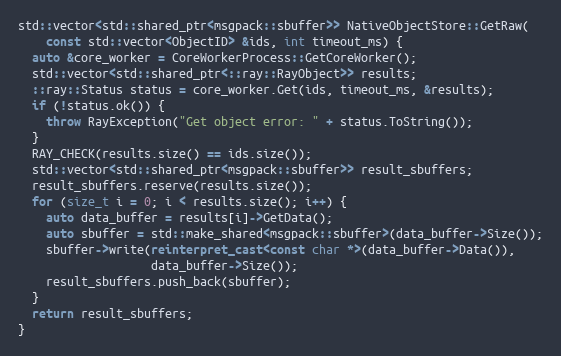
Language: C++
std::vector<std::shared_ptr<msgpack::sbuffer>> NativeObjectStore::GetRaw(
    const std::vector<ObjectID> &ids, int timeout_ms) {
  auto &core_worker = CoreWorkerProcess::GetCoreWorker();
  std::vector<std::shared_ptr<::ray::RayObject>> results;
  ::ray::Status status = core_worker.Get(ids, timeout_ms, &results);
  if (!status.ok()) {
    throw RayException("Get object error: " + status.ToString());
  }
  RAY_CHECK(results.size() == ids.size());
  std::vector<std::shared_ptr<msgpack::sbuffer>> result_sbuffers;
  result_sbuffers.reserve(results.size());
  for (size_t i = 0; i < results.size(); i++) {
    auto data_buffer = results[i]->GetData();
    auto sbuffer = std::make_shared<msgpack::sbuffer>(data_buffer->Size());
    sbuffer->write(reinterpret_cast<const char *>(data_buffer->Data()),
                   data_buffer->Size());
    result_sbuffers.push_back(sbuffer);
  }
  return result_sbuffers;
}